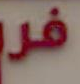
فد